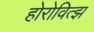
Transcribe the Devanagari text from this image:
होरोवित्झ